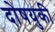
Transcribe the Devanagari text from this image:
दोषयुकी